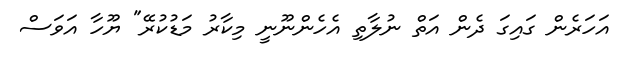
އަހަރެން ގައިގަ ދެން އަތް ނުލާތި އެހެންނޫނީ މިކާރު މަޑުކުރޭ" ޔޫހާ އަވަސް